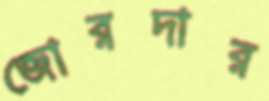
জোরদার